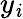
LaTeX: y_{\mathit{i}}